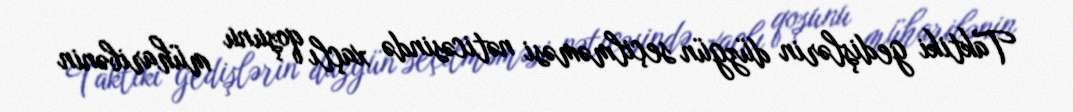
Taktiki gedişlərin düzgün seçilməməsi nəticəsində xaçlı qoşunu müharibənin